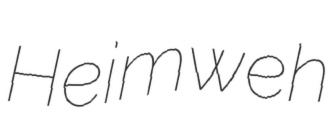
Heimweh